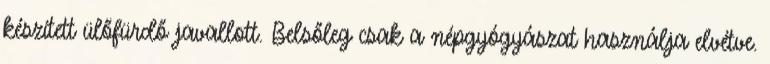
készített ülőfürdő javallott. Belsőleg csak a népgyógyászat használja elvétve.